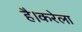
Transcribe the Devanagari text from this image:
है।करेला